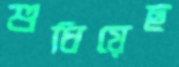
শুধিয়েছ